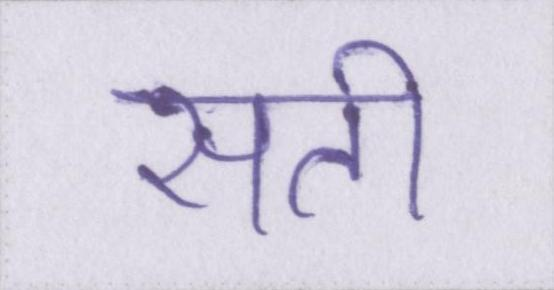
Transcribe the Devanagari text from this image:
सती